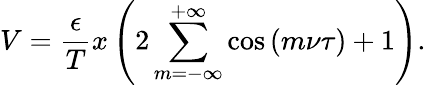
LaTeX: V=\frac{\epsilon}{T}x\left(2\sum_{m=-\infty}^{+\infty}\cos{(m\nu\tau)}+1\right).